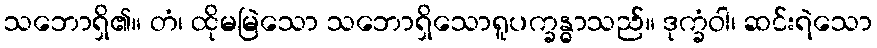
သဘောရှိ၏။ တံ၊ ထိုမမြဲသော သဘောရှိသောရူပက္ခန္ဓာသည်။ ဒုက္ခံဝါ၊ ဆင်းရဲသော